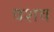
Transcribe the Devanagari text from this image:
वशव